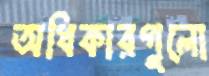
অধিকারগুলো